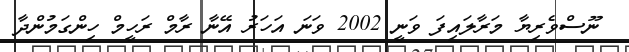
ނޫސްވެރިޔާ މަރާލައިފަ ވަނީ 2002 ވަނަ އަަހަރު އޭނާ ރާމް ރަހީމް ހިންގަމުންދާ